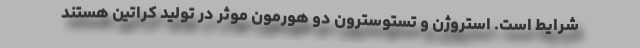
شرایط است. استروژن و تستوسترون دو هورمون موثر در تولید کراتین هستند